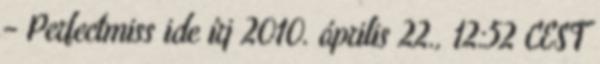
– Perfectmiss ide írj 2010. április 22., 12:52 CEST